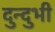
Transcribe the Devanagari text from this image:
दुन्‍दुभी